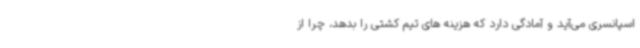
اسپانسری می‌آید و آمادگی دارد که هزینه های تیم کشتی را بدهد، چرا از